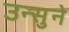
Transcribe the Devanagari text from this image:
उन्सुने